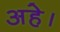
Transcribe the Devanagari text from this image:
अहे।